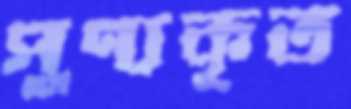
পুণ্যকৃত